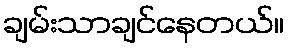
ချမ်းသာချင်နေတယ်။